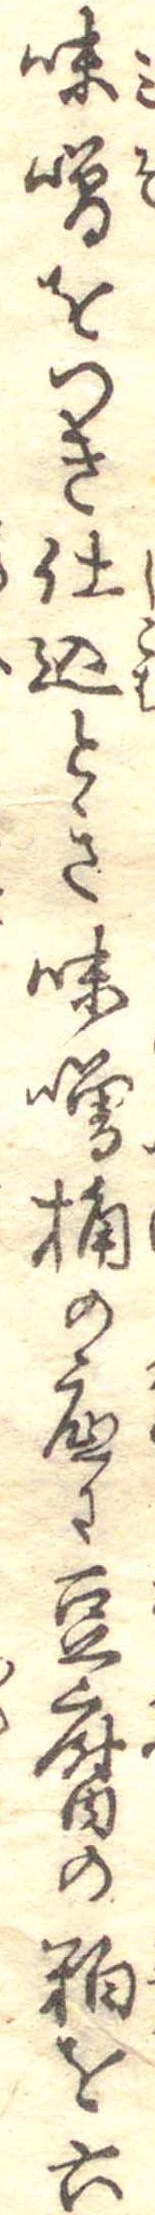
味噌をつき仕込とき味噌桶の底に豆腐の粕を六